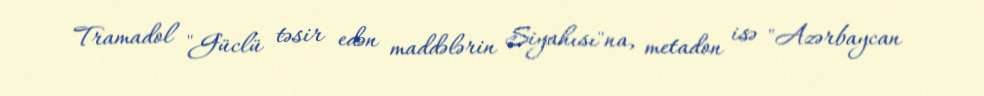
Tramadol "Güclü təsir edən maddələrin Siyahısı"na, metadon isə "Azərbaycan